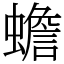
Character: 蟾